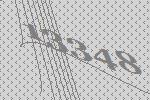
13348